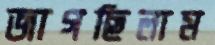
জাগছিলাম